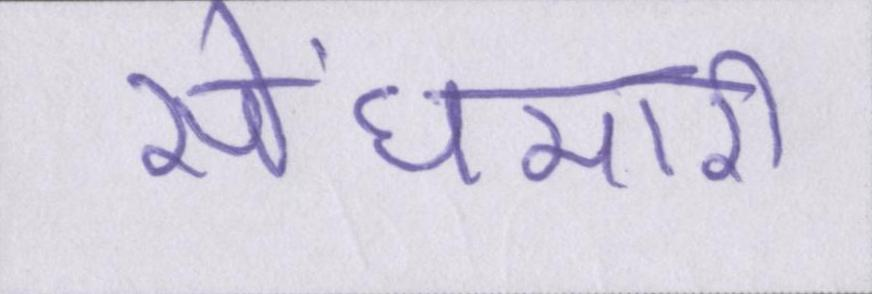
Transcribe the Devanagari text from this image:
सेंधमारी